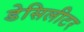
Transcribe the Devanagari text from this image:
डेसिलीटर